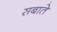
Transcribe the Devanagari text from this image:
सबाते